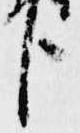
臣